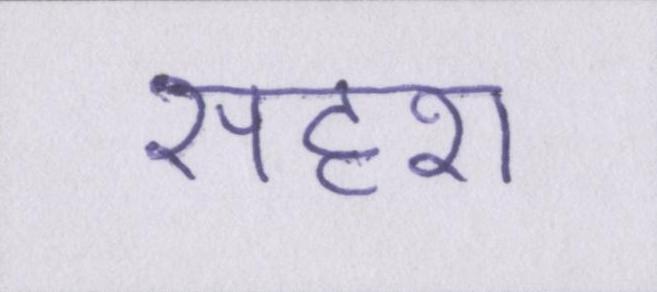
सदृश